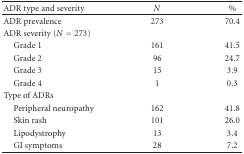
<table><thead><tr><td><b>ADR type and severity</b></td><td><b><i>N</i></b></td><td><b> %</b></td></tr></thead><tbody><tr><td>ADR prevalence</td><td>273</td><td>70.4</td></tr><tr><td>ADR severity (<i>N</i> = 273)</td><td></td><td></td></tr><tr><td> Grade 1</td><td>161</td><td>41.5</td></tr><tr><td> Grade 2</td><td> 96</td><td>24.7</td></tr><tr><td> Grade 3</td><td>15</td><td> 3.9</td></tr><tr><td> Grade 4</td><td> 1</td><td>0.3</td></tr><tr><td>Type of ADRs</td><td></td><td></td></tr><tr><td> Peripheral neuropathy</td><td>162</td><td>41.8</td></tr><tr><td> Skin rash</td><td>101</td><td>26.0</td></tr><tr><td> Lipodystrophy</td><td> 13</td><td> 3.4</td></tr><tr><td> GI symptoms</td><td> 28</td><td>7.2</td></tr></tbody></table>